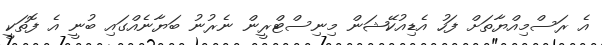
އެ ރަސްމިއްޔާތަށް ފަހު އެޑިއުކޭޝަން މިނިސްޓްރީން ނެރުނު ބަޔާނެއްގައި ބުނީ އެ ފޮތަކީ